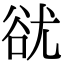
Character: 㞃